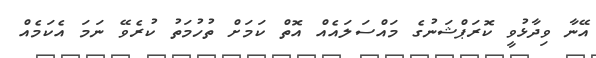
އޭނާ ވިދާޅުވީ ކޮރަޕްޝަނުގެ މައްސަލައެއް އޮތް ކަމަށް ތުހުމަތު ކުރެވޭ ނަމަ އެކަމެއް